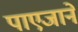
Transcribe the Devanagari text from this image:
पाएजाने